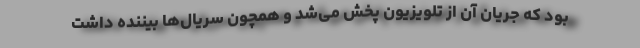
بود که جریان آن از تلویزیون پخش می‌شد و همچون سریال‌ها بیننده داشت